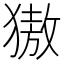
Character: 獓